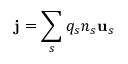
\mathbf { j } = \sum _ { s } q _ { s } n _ { s } \mathbf { u } _ { s }